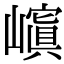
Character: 𡽆